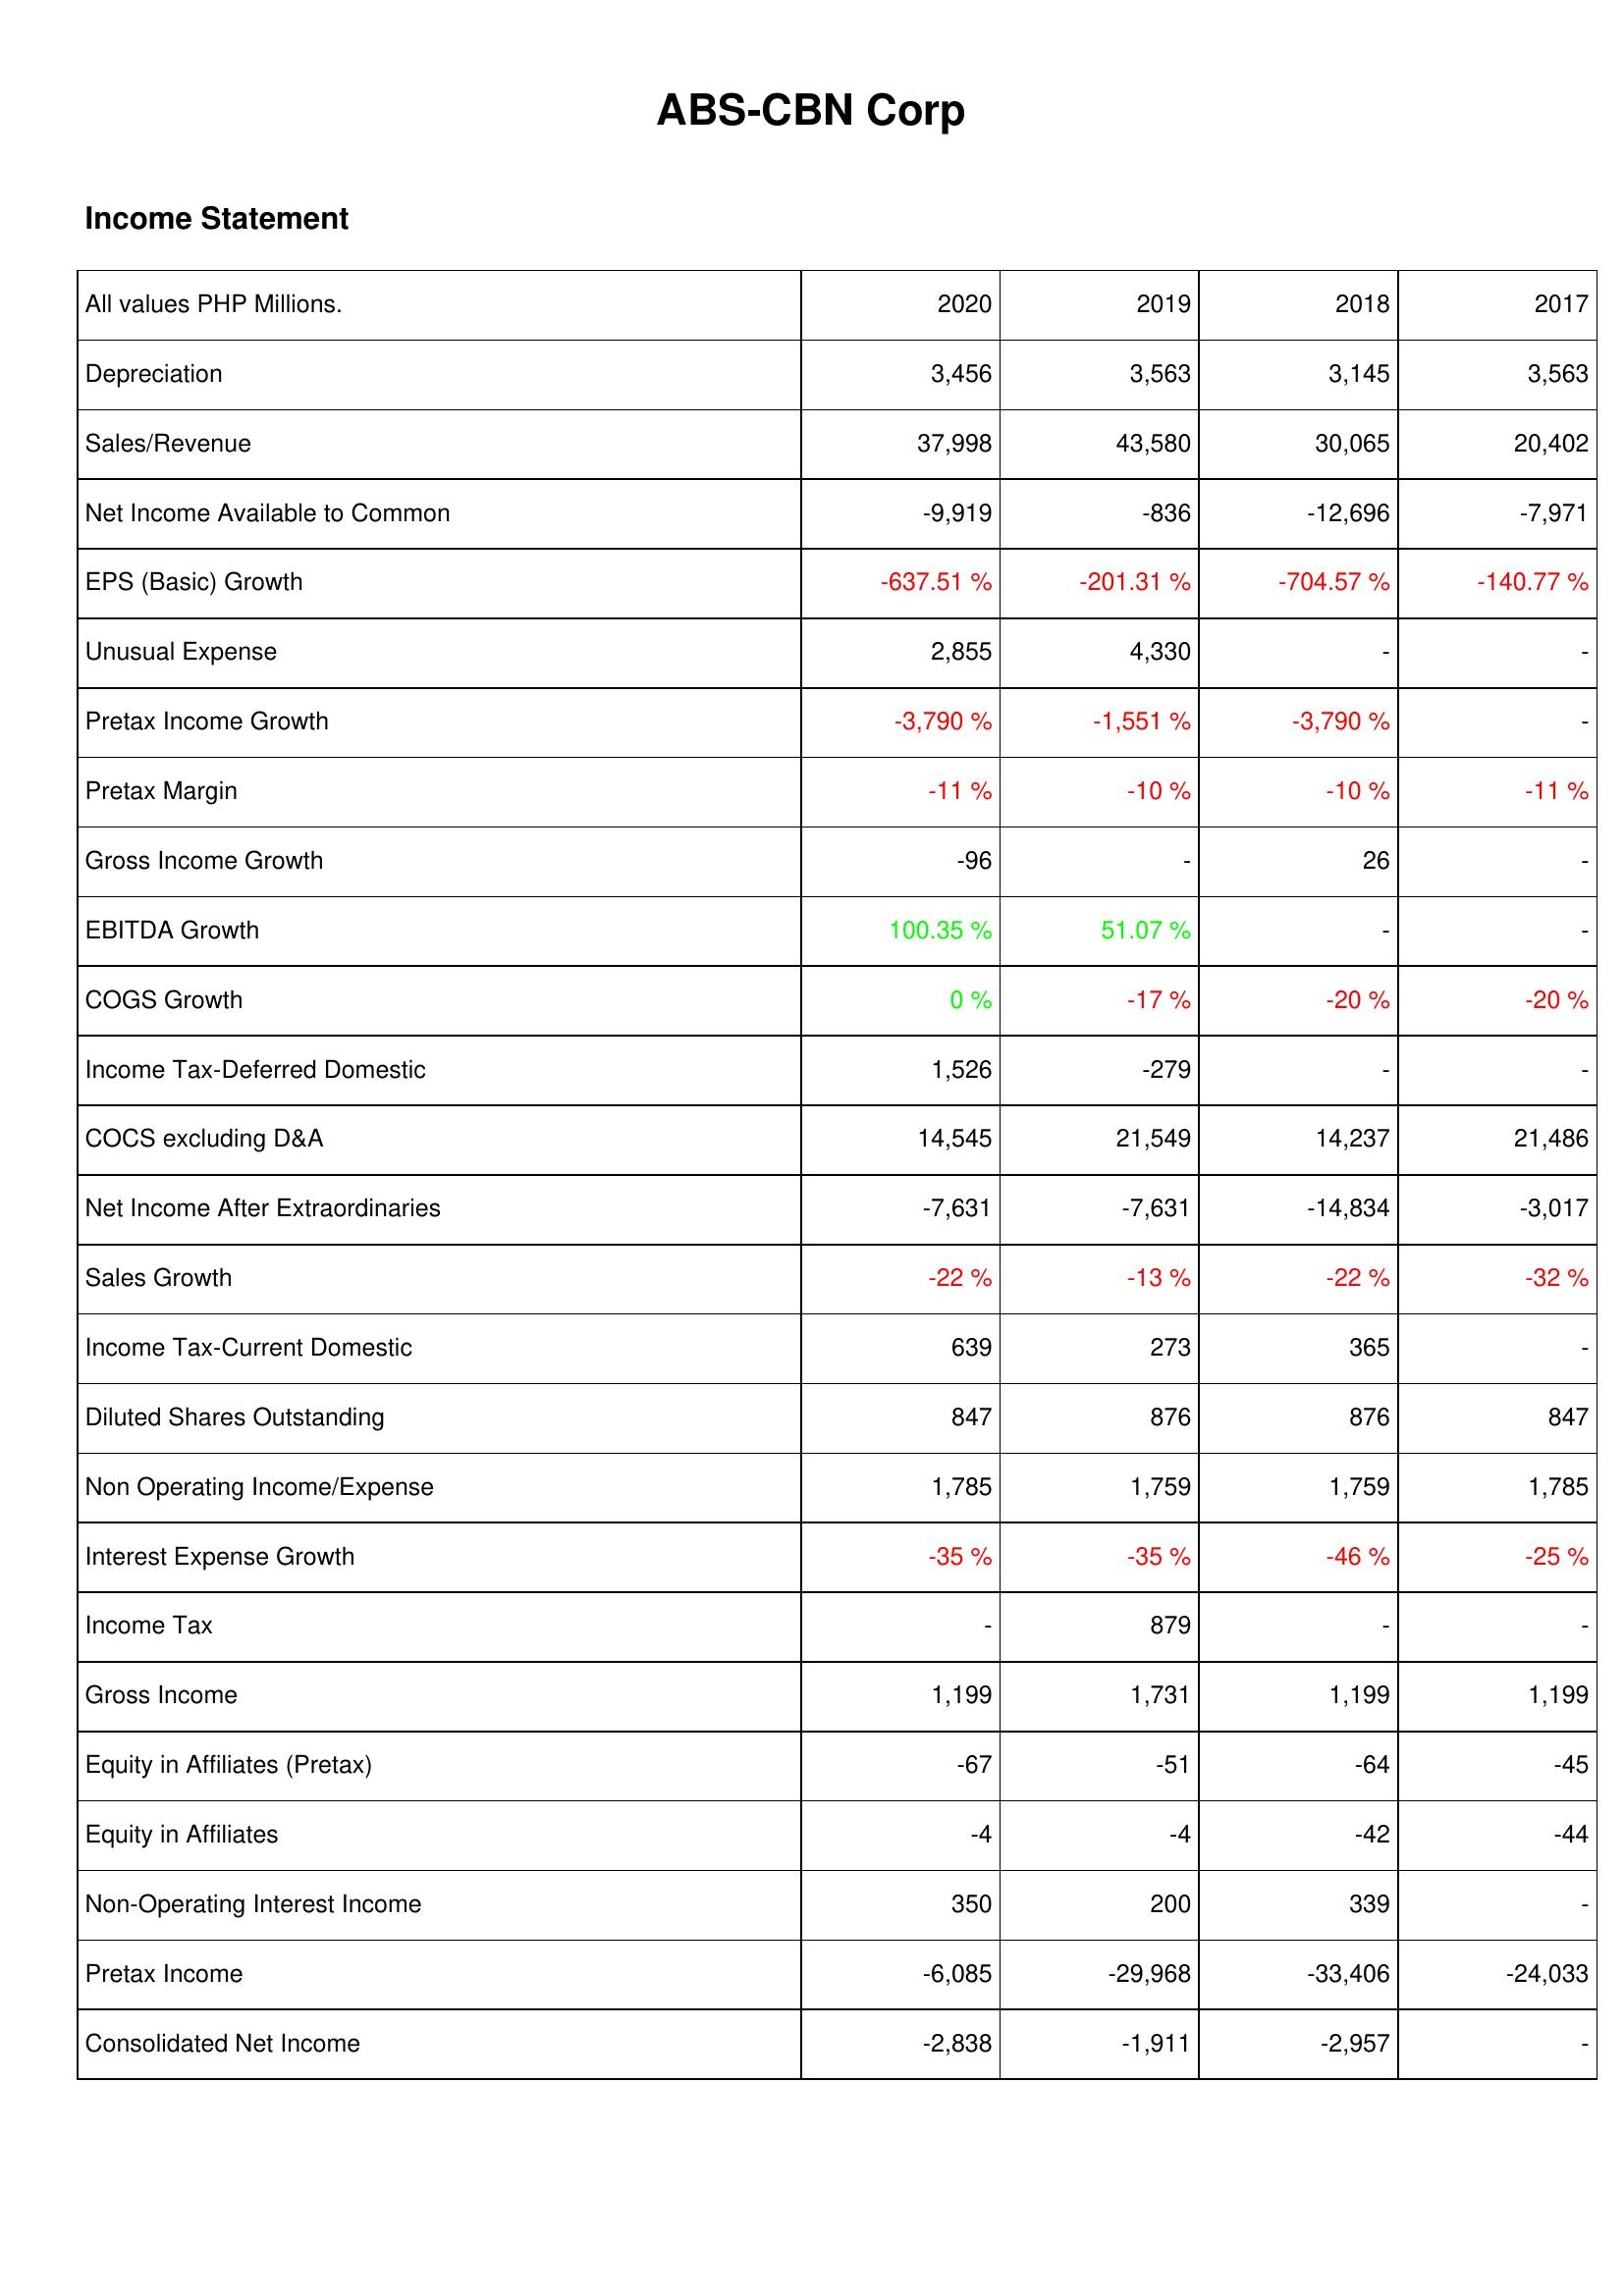
2020: Income Statement: Depreciation: 3,456
Sales/Revenue: 37,998
Net Income Available to Common: -9,919
EPS (Basic) Growth: -637.51 %
Unusual Expense: 2,855
Pretax Income Growth: -3,790 %
Pretax Margin: -11 %
Gross Income Growth: -96
EBITDA Growth: 100.35 %
COGS Growth: 0 %
Income Tax-Deferred Domestic: 1,526
COCS excluding D&A: 14,545
Net Income After Extraordinaries: -7,631
Sales Growth: -22 %
Income Tax-Current Domestic: 639
Diluted Shares Outstanding: 847
Non Operating Income/Expense: 1,785
Interest Expense Growth: -35 %
Income Tax: -
Gross Income: 1,199
Equity in Affiliates (Pretax): -67
Equity in Affiliates: -4
Non-Operating Interest Income: 350
Pretax Income: -6,085
Consolidated Net Income: -2,838
2019: Income Statement: Depreciation: 3,563
Sales/Revenue: 43,580
Net Income Available to Common: -836
EPS (Basic) Growth: -201.31 %
Unusual Expense: 4,330
Pretax Income Growth: -1,551 %
Pretax Margin: -10 %
Gross Income Growth: -
EBITDA Growth: 51.07 %
COGS Growth: -17 %
Income Tax-Deferred Domestic: -279
COCS excluding D&A: 21,549
Net Income After Extraordinaries: -7,631
Sales Growth: -13 %
Income Tax-Current Domestic: 273
Diluted Shares Outstanding: 876
Non Operating Income/Expense: 1,759
Interest Expense Growth: -35 %
Income Tax: 879
Gross Income: 1,731
Equity in Affiliates (Pretax): -51
Equity in Affiliates: -4
Non-Operating Interest Income: 200
Pretax Income: -29,968
Consolidated Net Income: -1,911
2018: Income Statement: Depreciation: 3,145
Sales/Revenue: 30,065
Net Income Available to Common: -12,696
EPS (Basic) Growth: -704.57 %
Unusual Expense: -
Pretax Income Growth: -3,790 %
Pretax Margin: -10 %
Gross Income Growth: 26
EBITDA Growth: -
COGS Growth: -20 %
Income Tax-Deferred Domestic: -
COCS excluding D&A: 14,237
Net Income After Extraordinaries: -14,834
Sales Growth: -22 %
Income Tax-Current Domestic: 365
Diluted Shares Outstanding: 876
Non Operating Income/Expense: 1,759
Interest Expense Growth: -46 %
Income Tax: -
Gross Income: 1,199
Equity in Affiliates (Pretax): -64
Equity in Affiliates: -42
Non-Operating Interest Income: 339
Pretax Income: -33,406
Consolidated Net Income: -2,957
2017: Income Statement: Depreciation: 3,563
Sales/Revenue: 20,402
Net Income Available to Common: -7,971
EPS (Basic) Growth: -140.77 %
Unusual Expense: -
Pretax Income Growth: -
Pretax Margin: -11 %
Gross Income Growth: -
EBITDA Growth: -
COGS Growth: -20 %
Income Tax-Deferred Domestic: -
COCS excluding D&A: 21,486
Net Income After Extraordinaries: -3,017
Sales Growth: -32 %
Income Tax-Current Domestic: -
Diluted Shares Outstanding: 847
Non Operating Income/Expense: 1,785
Interest Expense Growth: -25 %
Income Tax: -
Gross Income: 1,199
Equity in Affiliates (Pretax): -45
Equity in Affiliates: -44
Non-Operating Interest Income: -
Pretax Income: -24,033
Consolidated Net Income: -